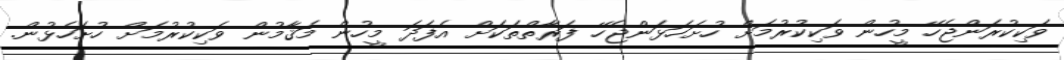
ވަކިކުރަންޖެހޭ މީހުން ވަކިކުރުމަށް ހުށަހަޅަންޖެހޭ ފަރާތްތަކަށް އެފަދަ މީހުން މަޤާމުން ވަކިކުރުމަށް ހުށަހެޅުން.